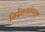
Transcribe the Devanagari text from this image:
निर्देशकांपासून